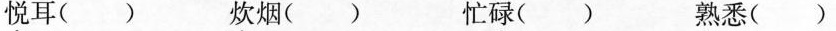
悦耳( ) 炊烟( ) 忙碌( ) 熟悉( )